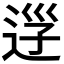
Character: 𨒰